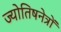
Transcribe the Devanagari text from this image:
ज्योतिषनेत्रों